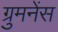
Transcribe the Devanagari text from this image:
ग्रुमनेंस